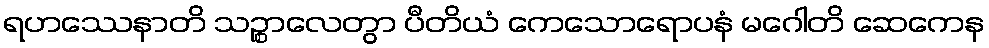
ရဟဿေနာတိ သဉ္စာလေတွာ ပီတိယံ ကေသောရောပနံ မဂေါတိ ဆေကေန